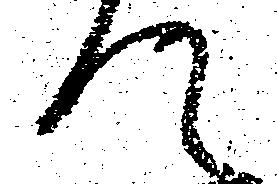
て